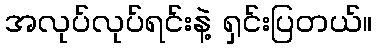
အလုပ်လုပ်ရင်းနဲ့ ရှင်းပြတယ်။